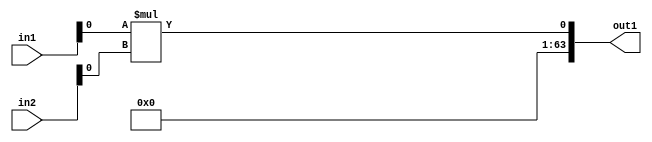
`timescale 1ps / 1ps
/*****************************************************************************
    Verilog RTL Description
    
    
    Created by: Stratus DpOpt 2019.1.01 
*******************************************************************************/

module GaussFilter_Mul_64S_8_4 (
	in2,
	in1,
	out1
	); /* architecture "behavioural" */ 
input [63:0] in2,
	in1;
output [63:0] out1;
wire  asc001;

assign asc001 = 
	+(in1[0] * in2[0]);

assign out1 = {{63{1'B0}}, asc001};
endmodule

/* CADENCE  ubLySQA= : u9/ySgnWtBlWxVPRXgAZ4Og= ** DO NOT EDIT THIS LINE ******/